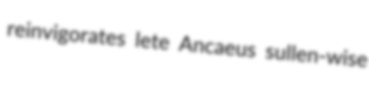
reinvigorates lete Ancaeus sullen-wise